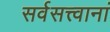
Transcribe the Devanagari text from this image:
सर्वसत्त्वानां